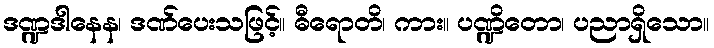
ဒဏ္ဍဒါနေန၊ ဒဏ်ပေးသဖြင့်။ ဓီရောတိ၊ ကား။ ပဏ္ဍိတော၊ ပညာရှိသော။